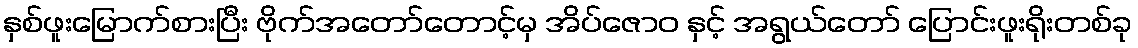
နှစ်ဖူးမြောက်စားပြီး ဗိုက်အတော်တောင့်မှ အိပ်ဇောဝ နှင့် အရွယ်တော် ပြောင်းဖူးရိုးတစ်ခု